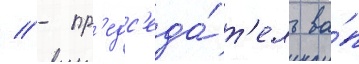
// - пр'едс'еда́т'ель ва́п